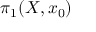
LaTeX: \pi _ { 1 } ( X , x _ { 0 } )